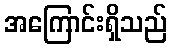
အကြောင်းရှိသည်